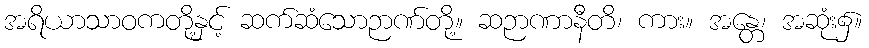
အရိယာသာဝကတို့နှင့် ဆက်ဆံသောဉာဏ်တို့။ ဆဉာဏာနီတိ၊ ကား။ အန္တေ၊ အဆုံး၌။